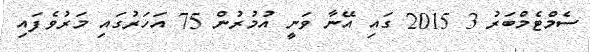
ސެމްޓެމްބަރު 3 2015 ގައި އޭނާ ވަނީ އުމުރުން 75 އަހަރުގައި މަރުވެފައި